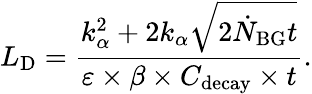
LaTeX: L_{\mathrm{D}}=\frac{k_{\alpha}^{2}+2k_{\alpha}\sqrt{2\dot{N}_{\mathrm{BG}}t}}{\varepsilon\times\beta\times C_{\mathrm{decay}}\times t}.